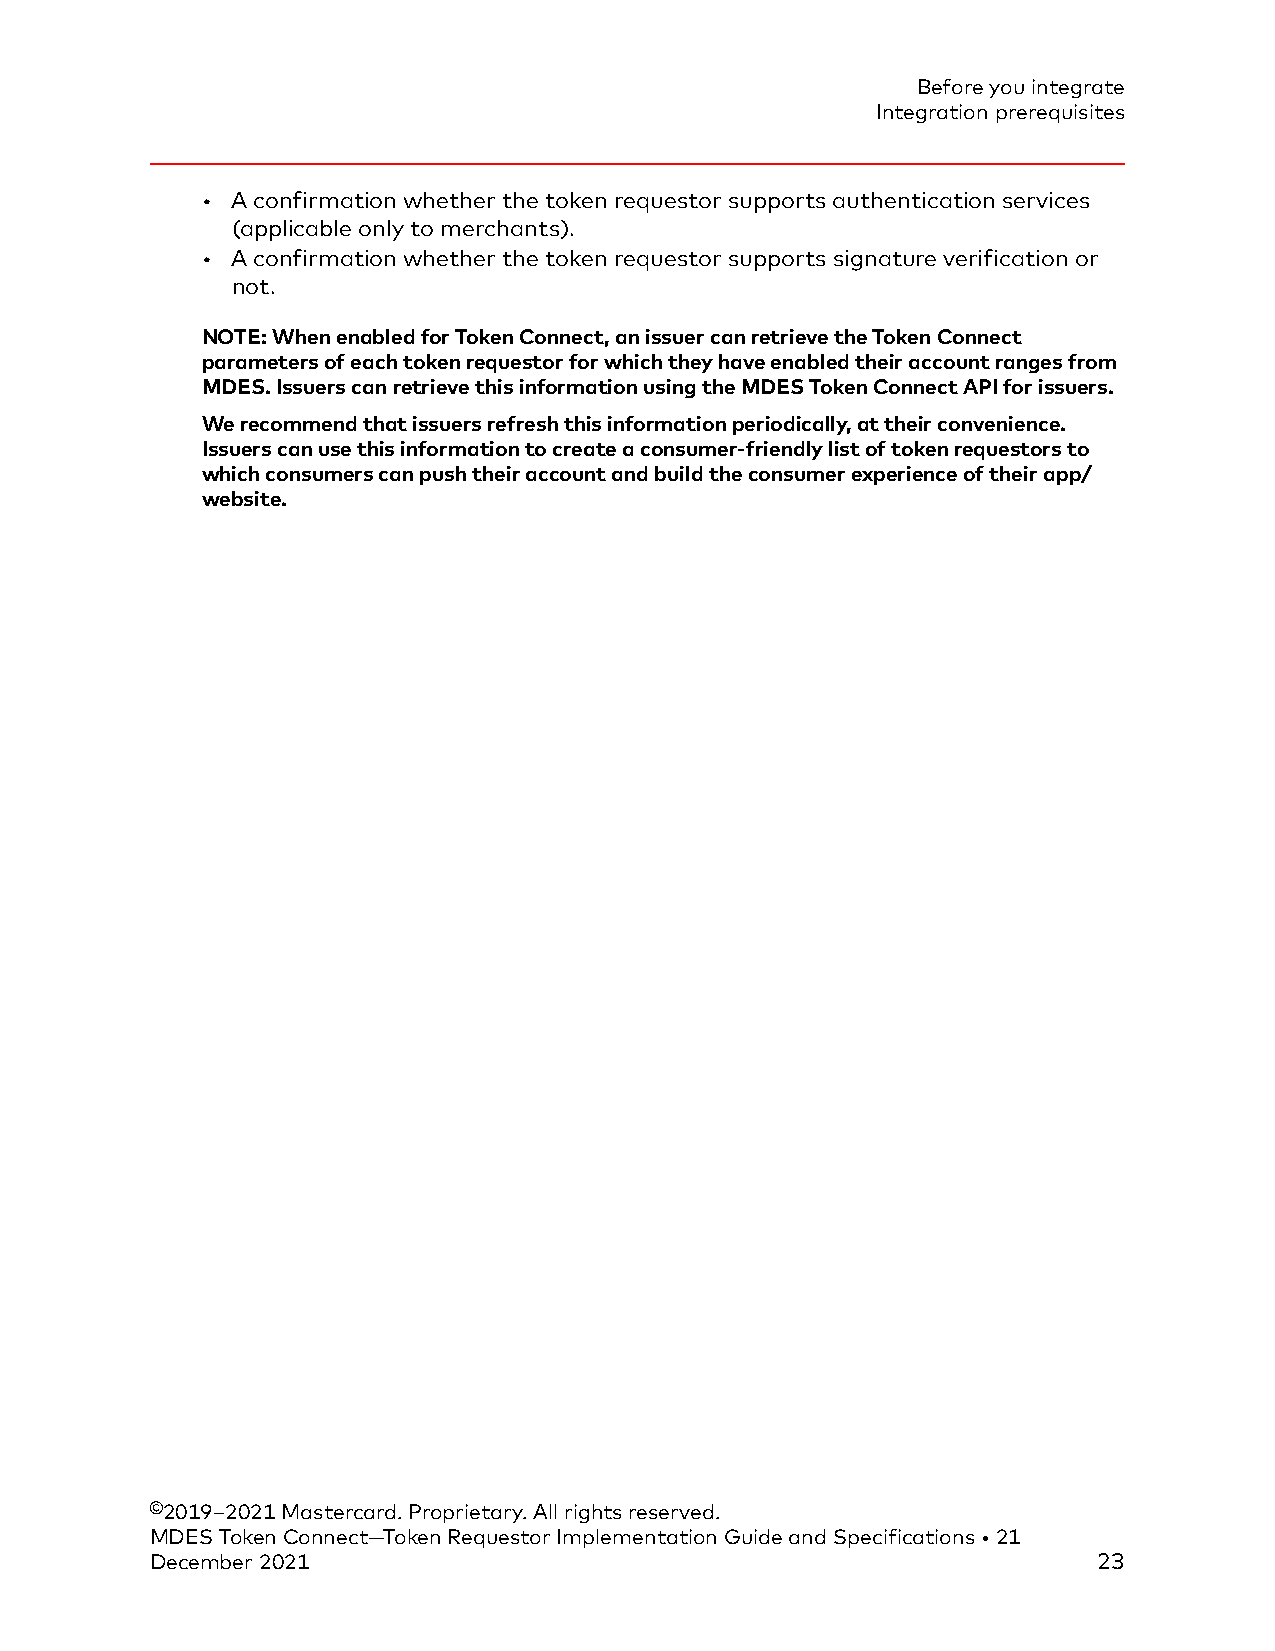
Before you integrate
 Integration prerequisites
 • A confirmation whether the token requestor supports authentication services
 (applicable only to merchants).
 • A confirmation whether the token requestor supports signature verification or
 not.
 NOTE: When enabled for Token Connect, an issuer can retrieve the Token Connect
 parameters of each token requestor for which they have enabled their account ranges from
 MDES. Issuers can retrieve this information using the MDES Token Connect API for issuers.
 We recommend that issuers refresh this information periodically, at their convenience.
 Issuers can use this information to create a consumer-friendly list of token requestors to
 which consumers can push their account and build the consumer experience of their app/
 website.
 ©2019–2021 Mastercard. Proprietary. All rights reserved.
 MDES Token Connect—Token Requestor Implementation Guide and Specifications • 21
 December 2021                                                  23